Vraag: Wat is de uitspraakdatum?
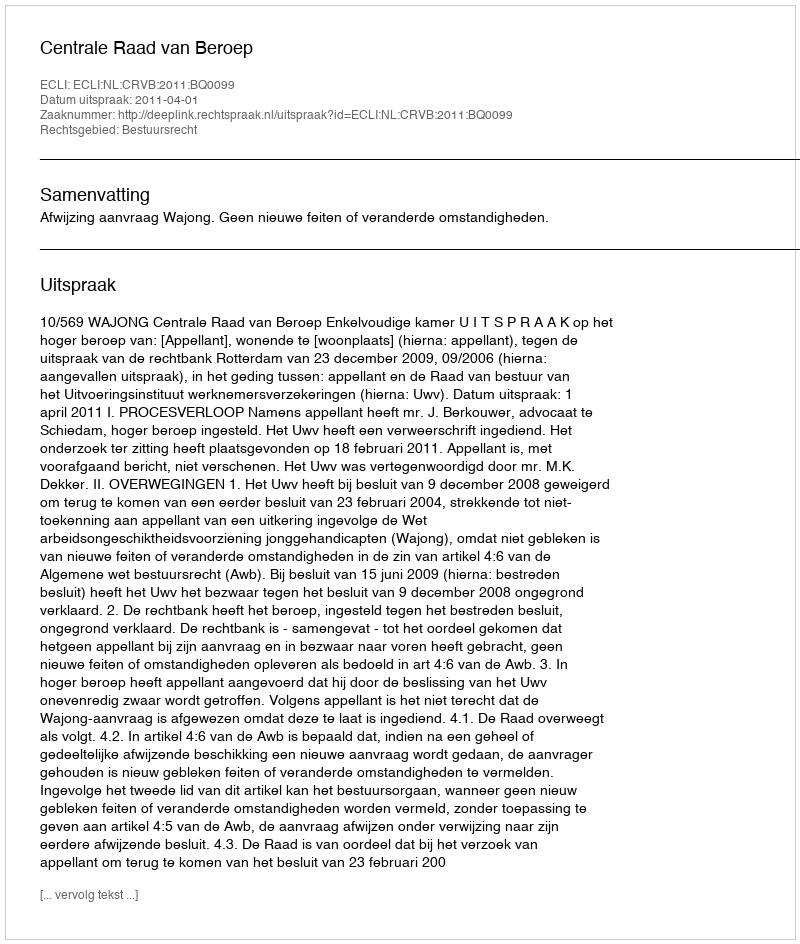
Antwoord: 2011-04-01